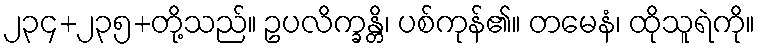
၂၃၄+၂၃၅+တို့သည်။ ဥပလိက္ခန္တိ၊ ပစ်ကုန်၏။ တမေနံ၊ ထိုသူရဲကို။